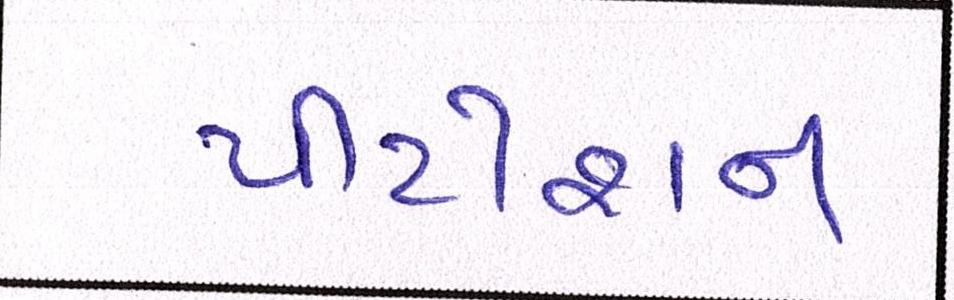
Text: પીટીશન